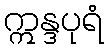
ဣန္ဒပုရံ